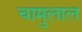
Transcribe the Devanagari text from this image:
चामुलाल